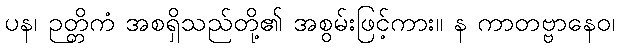
ပန၊ ဉတ္တိကံ အစရှိသည်တို့၏ အစွမ်းဖြင့်ကား။ န ကာတဗ္ဗာနေဝ၊